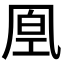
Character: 𠙔